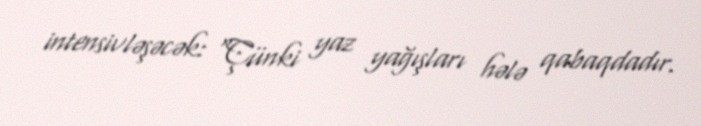
intensivləşəcək: “Çünki yaz yağışları hələ qabaqdadır.